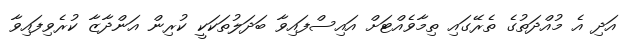
އަދި އެ މުއްދަތުގެ ތެރޭގައި ތިމާވެއްޓަށް އައިސްފައިވާ ބަދަލުތަކަކީ ކުރިން އަންދާޒާ ކުރެވިފައިވާ